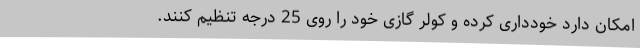
امکان دارد خودداری کرده و کولر گازی خود را روی 25 درجه تنظیم کنند.